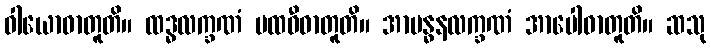
ဝါယောဓာတူတိ။ ထဒ္ဓလက္ခဏံ ပထဝီဓာတူတိ။ အာဗန္ဓနလက္ခဏံ အာပေါဓာတူတိ။ ဆသု